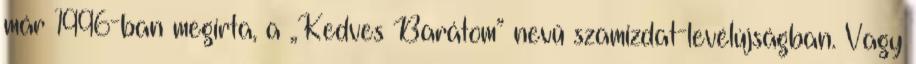
már 1996-ban megírta, a „Kedves Barátom” nevű szamizdat-levélújság­ban. Vagy